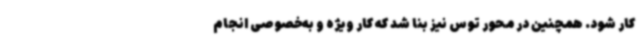
کار شود. همچنین در محور توس نیز بنا شد که کار ویژه و به‌خصوصی انجام